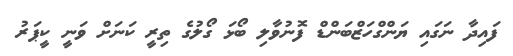
ފައިދާ ނަގައި ޔަންގްހަޒްބަންޑް ފޮނުވާލި ބޯޅަ ގޯލުގެ ތިރީ ކަނަށް ވަނީ ކީޕަރު